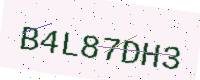
Text: B4L87DH3